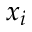
x _ { i }